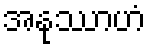
အနုဿာဟံ